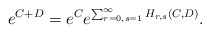
\begin{align*} e^{C+D}= e^C e^{\sum_{r=0,s=1}^\infty H_{r,s}(C,D)}.\end{align*}